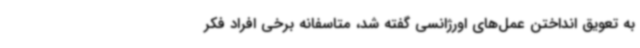
به تعویق انداختن عمل‌های اورژانسی گفته شد، متاسفانه برخی افراد فکر